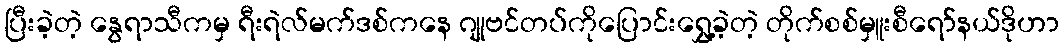
ပြီးခဲ့တဲ့ နွေရာသီကမှ ရီးရဲလ်မက်ဒစ်ကနေ ဂျုဗင်တပ်ကိုပြောင်းရွှေ့ခဲ့တဲ့ တိုက်စစ်မှူးစီရော်နယ်ဒိုဟာ